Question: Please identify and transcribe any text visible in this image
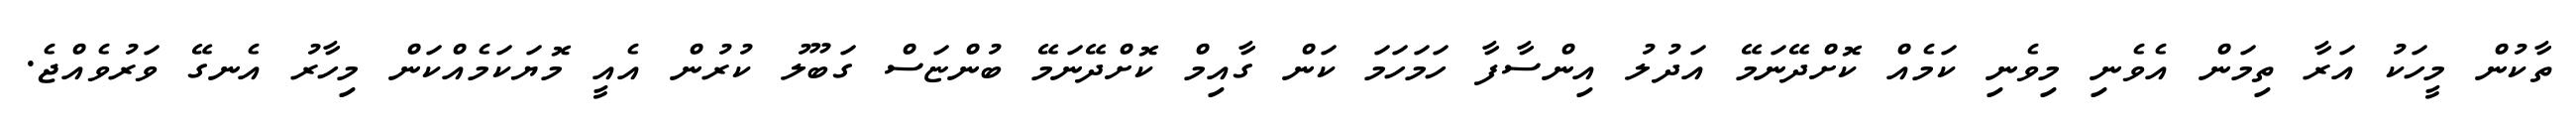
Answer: ތާކުން މީހަކު އަރާ ތިމަން އެވެނި މިވެނި ކަމެއް ކޮށްދޭނަމޭ އަދުލު އިންސާފާ ހަމަހަމަ ކަން ގާއިމް ކޮށްދޭނަމޭ ބުންޏަސް ގަބޫލު ކުރުން އެއީ މޮޔަކަމެއްކަން މިހާރު އެނގޭ ވަރުވެއްޖެ.